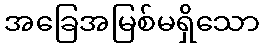
အခြေအမြစ်မရှိသော